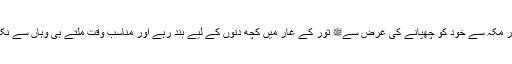
آپ کفارِ مکہ سے خود کو چھپانے کی غرض سےﷺ ثور کے غار میں کچھ دنوں کے لیے بند رہے اور مناسب وقت ملتے ہی وہاں سے نکل آئے۔